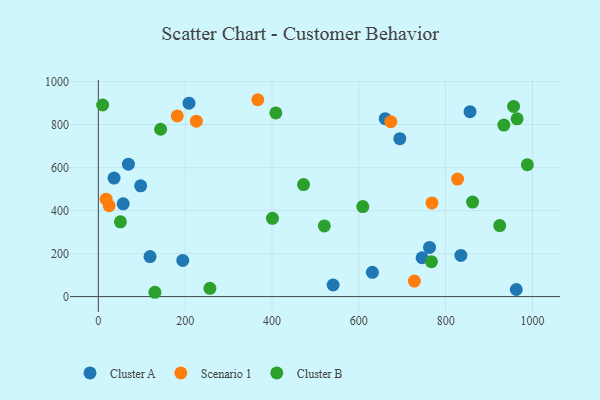
{"axis": {"x": "Ad Spend", "y": "Yield"}, "legend": ["Cluster A", "Cluster B", "Scenario 1"], "data": [{"x": "762.9", "y": 228.6, "type": "Cluster A"}, {"x": "835.1", "y": 191.6, "type": "Cluster A"}, {"x": "57.3", "y": 431.3, "type": "Cluster A"}, {"x": "540.8", "y": 53.9, "type": "Cluster A"}, {"x": "208.9", "y": 899.3, "type": "Cluster A"}, {"x": "660.8", "y": 827.2, "type": "Cluster A"}, {"x": "745.8", "y": 180.6, "type": "Cluster A"}, {"x": "119.1", "y": 186.1, "type": "Cluster A"}, {"x": "856.2", "y": 860.0, "type": "Cluster A"}, {"x": "69.3", "y": 615.6, "type": "Cluster A"}, {"x": "97.5", "y": 514.9, "type": "Cluster A"}, {"x": "36.3", "y": 551.2, "type": "Cluster A"}, {"x": "694.5", "y": 734.6, "type": "Cluster A"}, {"x": "631.3", "y": 112.9, "type": "Cluster A"}, {"x": "194.5", "y": 168.4, "type": "Cluster A"}, {"x": "962.8", "y": 33.1, "type": "Cluster A"}, {"x": "24.9", "y": 422.5, "type": "Scenario 1"}, {"x": "18.0", "y": 453.1, "type": "Scenario 1"}, {"x": "768.5", "y": 435.6, "type": "Scenario 1"}, {"x": "827.5", "y": 546.4, "type": "Scenario 1"}, {"x": "728.0", "y": 72.2, "type": "Scenario 1"}, {"x": "367.3", "y": 915.5, "type": "Scenario 1"}, {"x": "225.7", "y": 815.7, "type": "Scenario 1"}, {"x": "673.8", "y": 813.3, "type": "Scenario 1"}, {"x": "181.8", "y": 840.1, "type": "Scenario 1"}, {"x": "520.6", "y": 328.5, "type": "Cluster B"}, {"x": "988.3", "y": 613.6, "type": "Cluster B"}, {"x": "143.5", "y": 778.1, "type": "Cluster B"}, {"x": "472.7", "y": 520.7, "type": "Cluster B"}, {"x": "934.1", "y": 797.6, "type": "Cluster B"}, {"x": "767.3", "y": 162.6, "type": "Cluster B"}, {"x": "956.5", "y": 884.3, "type": "Cluster B"}, {"x": "50.9", "y": 347.8, "type": "Cluster B"}, {"x": "924.6", "y": 330.3, "type": "Cluster B"}, {"x": "408.9", "y": 853.9, "type": "Cluster B"}, {"x": "609.2", "y": 418.8, "type": "Cluster B"}, {"x": "964.6", "y": 826.5, "type": "Cluster B"}, {"x": "130.4", "y": 20.1, "type": "Cluster B"}, {"x": "257.0", "y": 38.7, "type": "Cluster B"}, {"x": "401.1", "y": 363.9, "type": "Cluster B"}, {"x": "9.9", "y": 891.0, "type": "Cluster B"}, {"x": "862.1", "y": 439.4, "type": "Cluster B"}]}